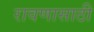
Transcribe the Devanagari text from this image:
रावणासाठी